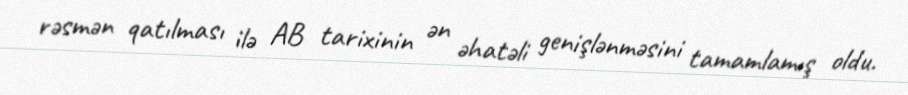
rəsmən qatılması ilə AB tarixinin ən əhatəli genişlənməsini tamamlamış oldu.